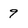
Character: 9